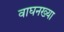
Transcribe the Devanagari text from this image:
वाघनख्या